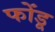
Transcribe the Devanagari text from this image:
फोंडू